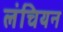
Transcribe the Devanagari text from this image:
लंचियन